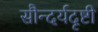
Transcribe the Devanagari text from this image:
सौन्दर्यदृष्टी